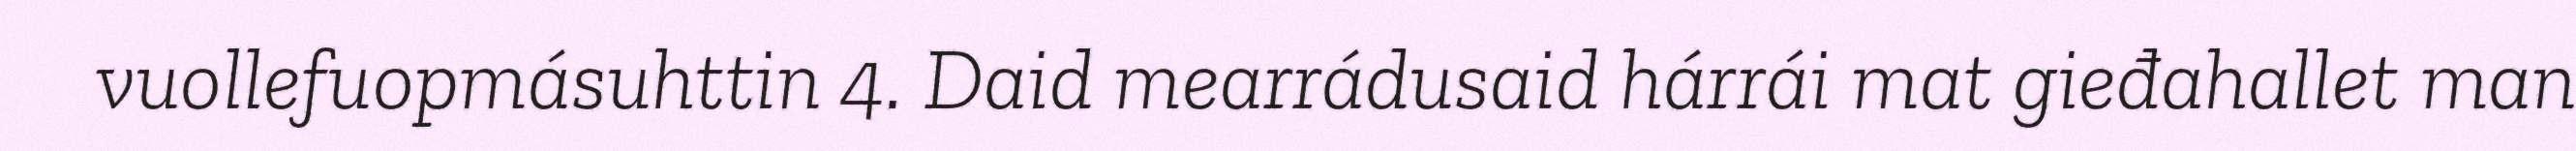
vuollefuopmásuhttin 4. Daid mearrádusaid hárrái mat gieđahallet man